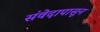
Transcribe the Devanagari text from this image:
संवेदापासून